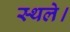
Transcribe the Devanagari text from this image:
स्थले।